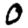
Digit: 0